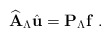
\begin{align*}\widehat{\mathbf{A}}_\Lambda \hat{\mathbf{u}}= \mathbf{P}_\Lambda \mathbf{f}\ .\end{align*}